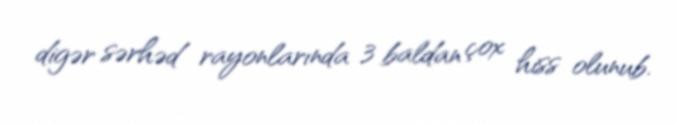
digər sərhəd rayonlarında 3 baldan çox hiss olunub.